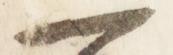
一